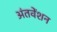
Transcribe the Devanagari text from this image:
अंतवेंशन